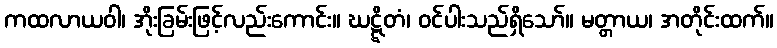
ကထလာယဝါ၊ အိုးခြမ်းဖြင့်လည်းကောင်း။ ဃဋ္ဋိတံ၊ ဝင်ပါးသည်ရှိသော်။ မတ္တာယ၊ အတိုင်းထက်။